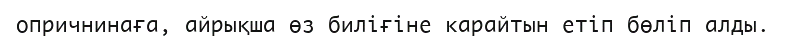
опричнинаға, айрықша өз биліғіне карайтын етіп бөліп алды.